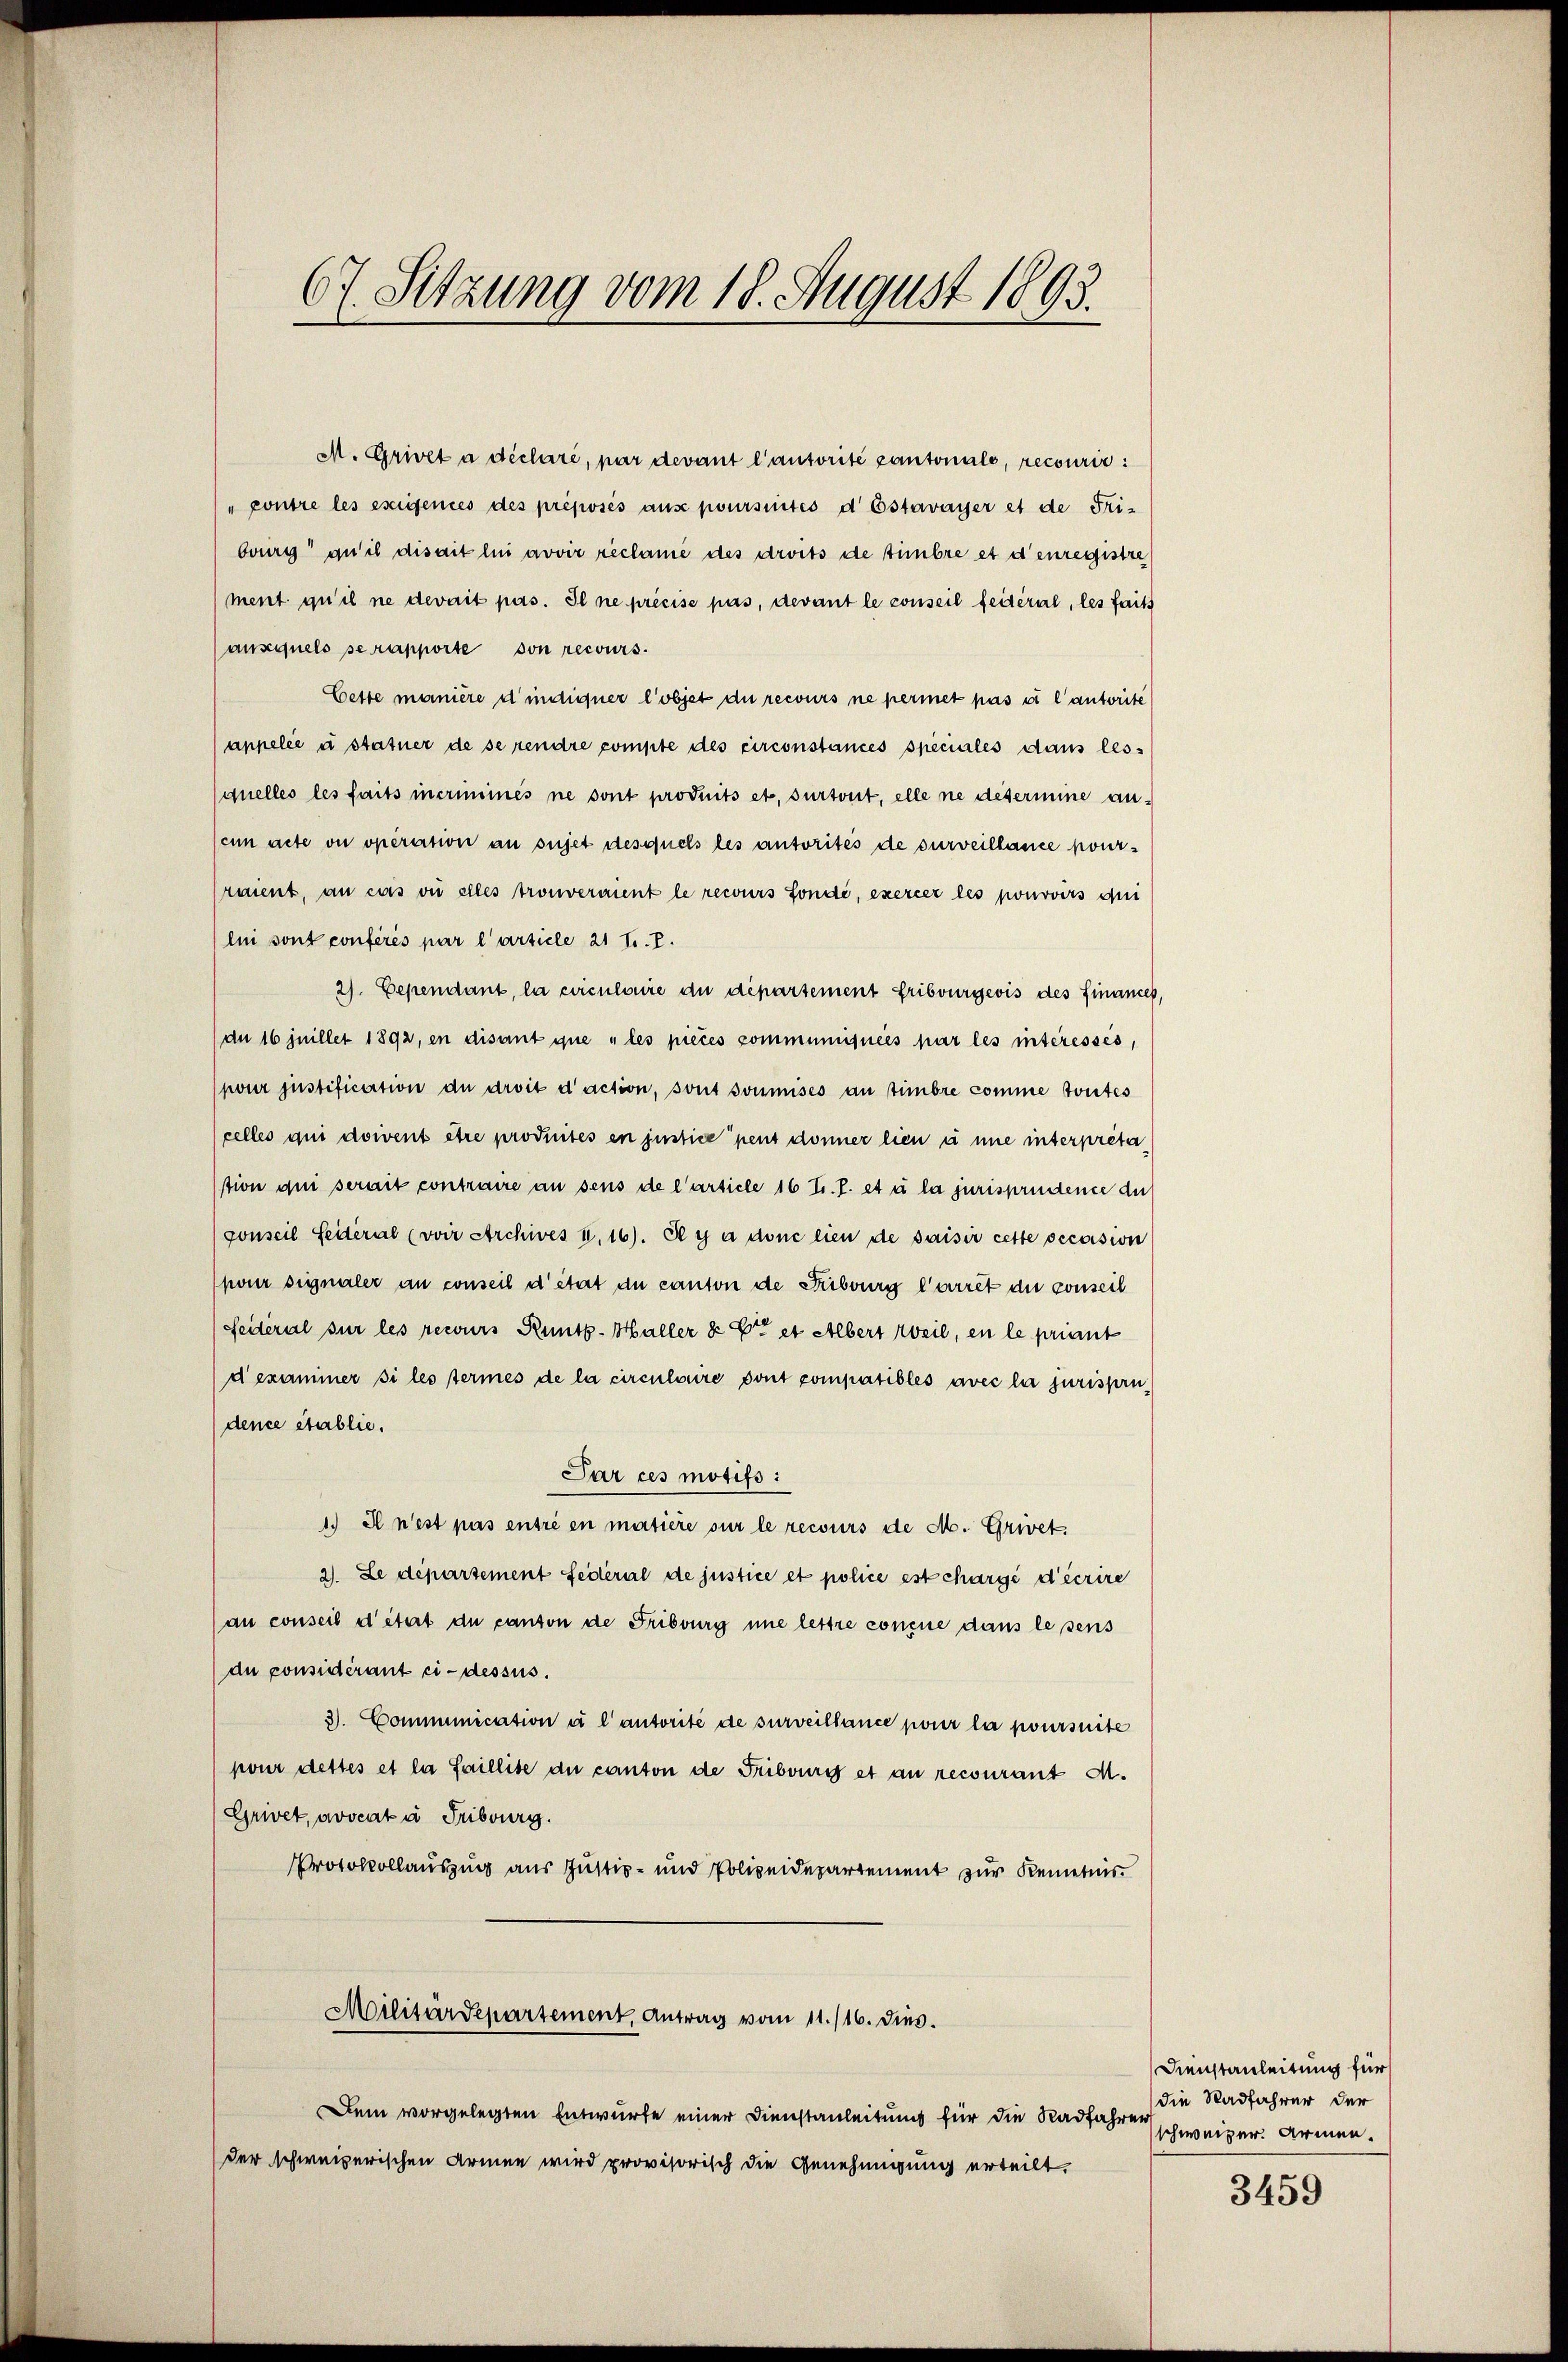
M. Grioet à déclare, par devant l’autorité cantonale, recourir
"pontre les exigences des préposés aus poursuités d Estavayer et de Fris
burg an il disait lui avoir reclame des droits de timbre et d’enregistre
ment qu’il ne devait pas. Il ne précise pas, devant le conseil feiteral, les faits
ausquels se rapporte von recours.
Cette manière d’indigner l’objet die recours ne permet pas à l’autorité
appelée u statuer de se rendre compte des circonstances speciales dans les-
quelles les faits incrimines ne sont produits et, surtout, elle ne desermine an.
sein acte ou operation an sujet desquels les autorités de surveillasse pour-
raient, an cas ou alles trouveraient le recours sonde, exercer les pouvoirs qui
lui sont conférés par l’article 21 f. E.
2). Cependant, la circulaire du département Fribourgeois des Finance
(de 16 juillet 1892, en disant que les pieces communiquées par les interessés,
pour Instification du droit d’action, sont soumises an Zimbre comme toutes
celles qui doivent être produités en justice pent donner lien à une interpreta
tion qui serait contraire an sens de l’article 16 t. P. et à la jurisprudence du
gonseil Seiteral (voir Archives u. 16). Il y a donc lieu de saisir cette occasion
pour signaler an conseil d’état du canton de Fibburg Carret die conseil
Seiteral sur les recours Runtb-Haller & Er et Albert weil, en le priant
dexaminer si les termes de la circulaire dont compatibles avec la jurisprudence établie.
Par ces motifs:
1.) A n’est pas entré en matière sur le recours de M. Grivek
2). Le département Federal de justice et police est chargé d’écrire
an conseil détert du canton de Fribourg une lettre concue dans lesens
du considérant ci-dessus.
3. Communication à l’autorité de surveillance pour la poursuite
pour dettes et la faillite du canton de Fribours et an recourant M.
Grivet, avocata Fribourg.
Protokollauszug aus Justiz- und Polizeidepartement zur Kenntnis¬
Militärdepartement, Antrag vom 11. /16. dies.
Dem vorgelegten Entwurfe einer Dienstanleitung für die Radfahren
der schweizerischen Armen wird provisorisch die Genehmigung erteilt.

67. Setzung vom 18. August 1893.

Dienstanleitung für
die Radfahrer der
schweizer. Armen.

3459